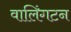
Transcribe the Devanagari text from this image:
वालिंगटन